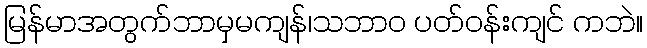
မြန်မာအတွက်ဘာမှမကျန်၊သဘာဝ ပတ်ဝန်းကျင် ကဘဲ။